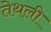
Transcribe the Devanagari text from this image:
तेथली